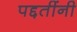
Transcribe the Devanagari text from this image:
पद्दतींनी